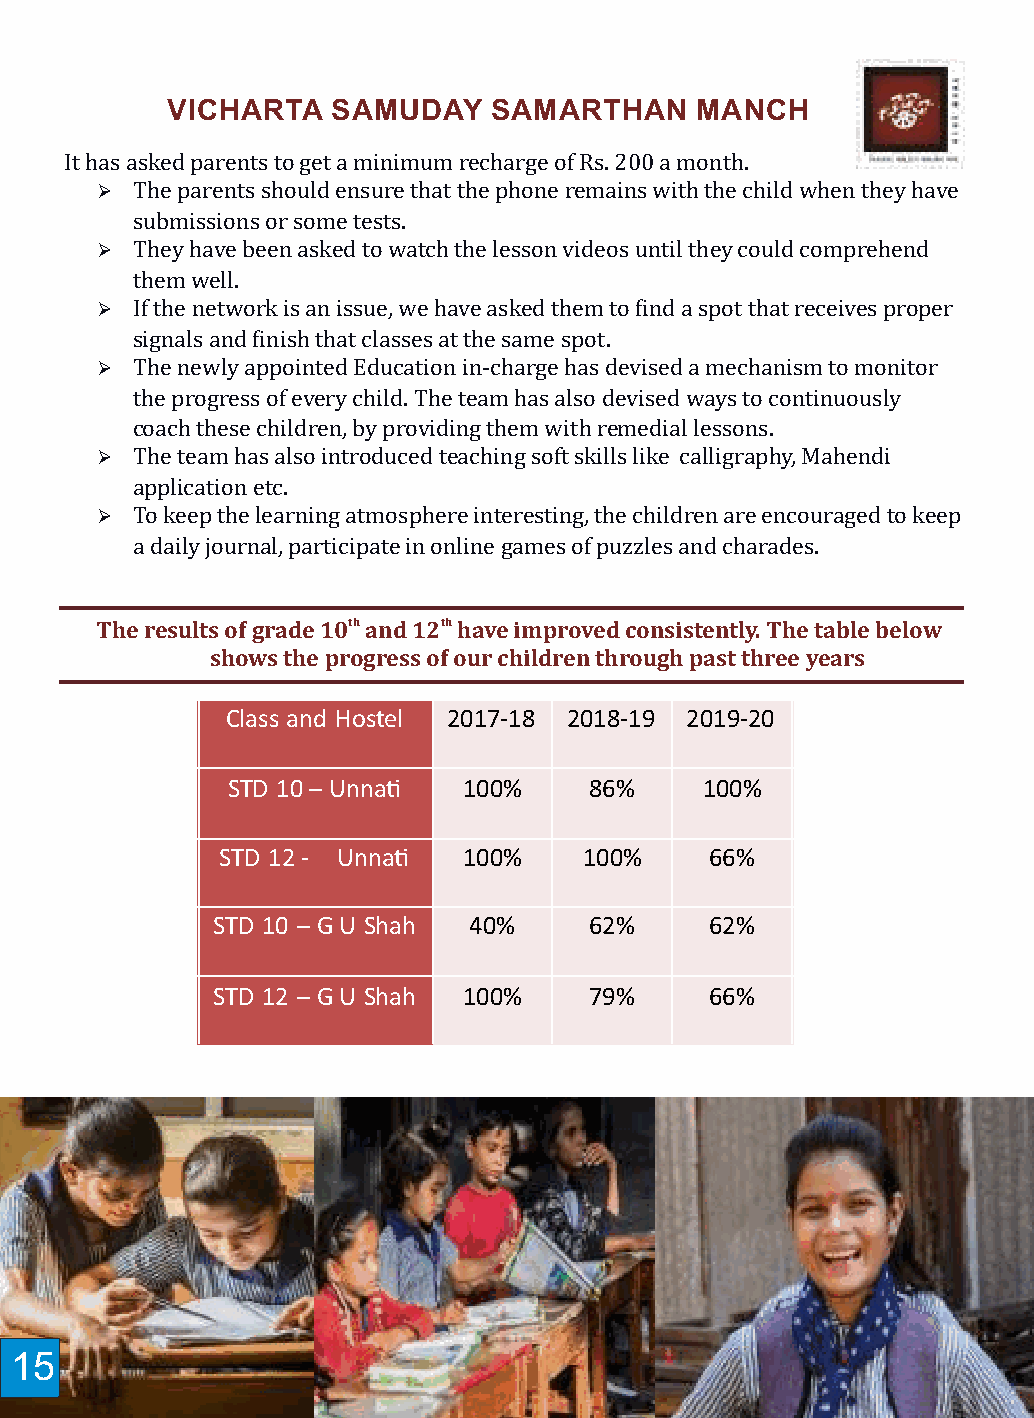
VICHARTA   SAMUDAY   SAMARTHAN     MANCH                           VICHARTA   SAMUDAY    SAMARTHAN    MANCH
 It has asked parents to get a minimum recharge of Rs. 200 a month.
 Ø  The parents should ensure that the phone remains with the child when they have
 Ø  Our children have participated in multiple activities and
 submissions or some tests.
 competitions at various events. They make us proud with each
 Ø  They have been asked to watch the lesson videos until they could comprehend
 representation. The following table shares their participation and
 them well.
 Ø  If the network is an issue, we have asked them to ind a spot that receives proper achievement.
 signals and inish that classes at the same spot.
 ACHIEVEMENTOF2019-20
 Ø  The newly appointed Education in-charge has devised a mechanism to monitor
 the progress of every child. The team has also devised ways to continuously
 Course        StudentName Standard Parcipaon at Ranked
 coach these children, by providing them with remedial lessons.
 Ø  The team has also introduced teaching soft skills like calligraphy, Mahendi KalaMahotsav –Drawing ParulParmar Std-9 Districtlevel 3rd
 application etc.
 Ø  To keep the learning atmosphere interesting, the children are encouraged to keep KalaMahotsav –Drawing MeruDantani Std-11 Zonallevel 2nd
 a daily journal, participate in online games of puzzles and charades.
 KalaMahotsav -Singing Chaitanya Raval Std-10 Zonallevel 2nd
 KalaMahotsav EssayWring SureshKanjiya Std-11 Districtlevel 1st
 The results of grade 10th and 12th have improved consistently. The table below
 shows the progress of our children through past three years  KalaMahotsav EssayWring Kashish Soni Std-10 Zonallevel 3rd
 KalaMahotsav –DohaChhand Bhavesh Solanki ITI-Uvarsad Zonallevel 2nd
 Class and Hostel 2017-18 2018-19 2019-20
 KalaMahotsav –Poetry Wring MeruDantani Std-11 Zonallevel 2nd
 STD 10– Unna   100%    86%    100%
 Ø  As increasing number of children inish education up to grade 12th ,
 STD 12- Unna   100%    100%    66%                             we need to mentor them for admission to appropriate courses. The
 following table details this year’s admission in under-graduation and
 diploma programs.
 STD 10 – GU Shah 40%     62%     62%
 NewAdmissions –Academic year2020-21
 STD 12 – GU Shah 100%    79%     66%
 Numberof
 Courses         Admission
 students
 B.SC.IT. 3   Aer12thHumanies
 Diploma  17     Aer10th
 B.SC.   1    Aer12thScience
 ITI     6
 Nursing  1
 VocaonalTraining 4
 TOTAL   31
 15                                                                                                                                16